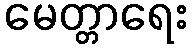
မေတ္တာရေး